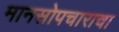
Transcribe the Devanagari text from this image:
मानसोपचाराचा